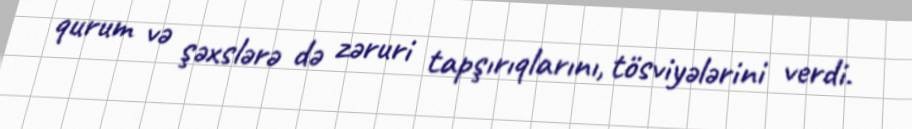
qurum və şəxslərə də zəruri tapşırıqlarını, tösviyələrini verdi.